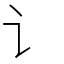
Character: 讠